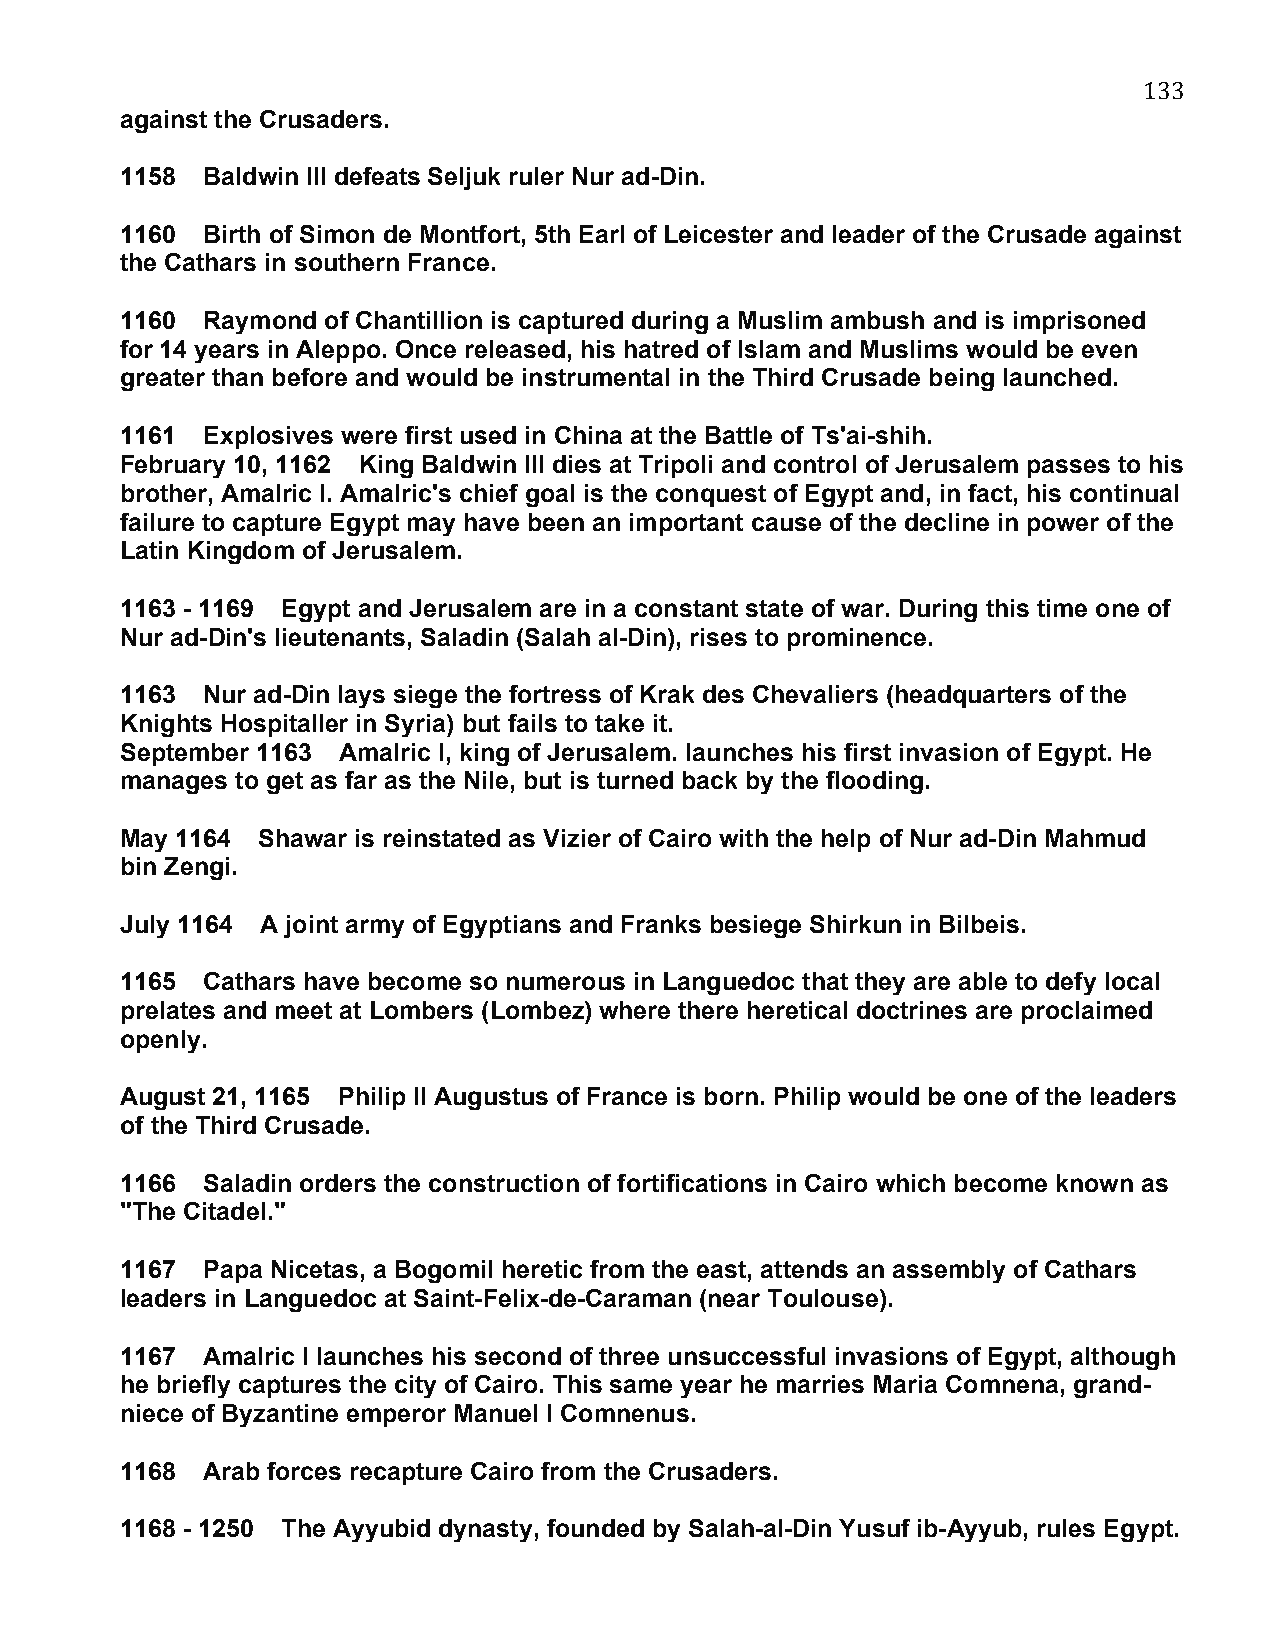
133
 against the Crusaders.
 1158 Baldwin III defeats Seljuk ruler Nur ad-Din.
 1160 Birth of Simon de Montfort, 5th Earl of Leicester and leader of the Crusade against
 the Cathars in southern France.
 1160 Raymond of Chantillion is captured during a Muslim ambush and is imprisoned
 for 14 years in Aleppo. Once released, his hatred of Islam and Muslims would be even
 greater than before and would be instrumental in the Third Crusade being launched.
 1161 Explosives were first used in China at the Battle of Ts'ai-shih.
 February 10, 1162 King Baldwin III dies at Tripoli and control of Jerusalem passes to his
 brother, Amalric I. Amalric's chief goal is the conquest of Egypt and, in fact, his continual
 failure to capture Egypt may have been an important cause of the decline in power of the
 Latin Kingdom of Jerusalem.
 1163 - 1169 Egypt and Jerusalem are in a constant state of war. During this time one of
 Nur ad-Din's lieutenants, Saladin (Salah al-Din), rises to prominence.
 1163 Nur ad-Din lays siege the fortress of Krak des Chevaliers (headquarters of the
 Knights Hospitaller in Syria) but fails to take it.
 September 1163 Amalric I, king of Jerusalem. launches his first invasion of Egypt. He
 manages to get as far as the Nile, but is turned back by the flooding.
 May 1164 Shawar is reinstated as Vizier of Cairo with the help of Nur ad-Din Mahmud
 bin Zengi.
 July 1164 A joint army of Egyptians and Franks besiege Shirkun in Bilbeis.
 1165 Cathars have become so numerous in Languedoc that they are able to defy local
 prelates and meet at Lombers (Lombez) where there heretical doctrines are proclaimed
 openly.
 August 21, 1165 Philip II Augustus of France is born. Philip would be one of the leaders
 of the Third Crusade.
 1166 Saladin orders the construction of fortifications in Cairo which become known as
 "The Citadel."
 1167 Papa Nicetas, a Bogomil heretic from the east, attends an assembly of Cathars
 leaders in Languedoc at Saint-Felix-de-Caraman (near Toulouse).
 1167 Amalric I launches his second of three unsuccessful invasions of Egypt, although
 he briefly captures the city of Cairo. This same year he marries Maria Comnena, grand-
 niece of Byzantine emperor Manuel I Comnenus.
 1168 Arab forces recapture Cairo from the Crusaders.
 1168 - 1250 The Ayyubid dynasty, founded by Salah-al-Din Yusuf ib-Ayyub, rules Egypt.